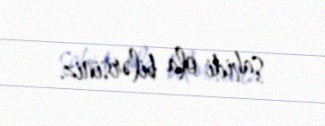
şahidi ola bilərsiniz.